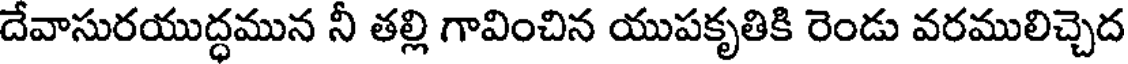
దేవాసురయుద్ధమున నీ తల్లి గావించిన యుపకృతికి రెండు వరములిచ్చెద